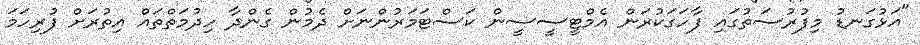
"އަޅުގަނޑު މިފުރުސަތުގައި ފާހަގަކުރަން އެމްޓީސީސީން ކަސްޓަމަރުންނަށް ދެމުން ގެންދާ ހިދުމަތްތައް އިތުރަށް ފުރިހަމަ